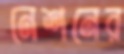
নেশনের